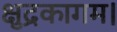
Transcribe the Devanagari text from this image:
क्षुद्रकागम।